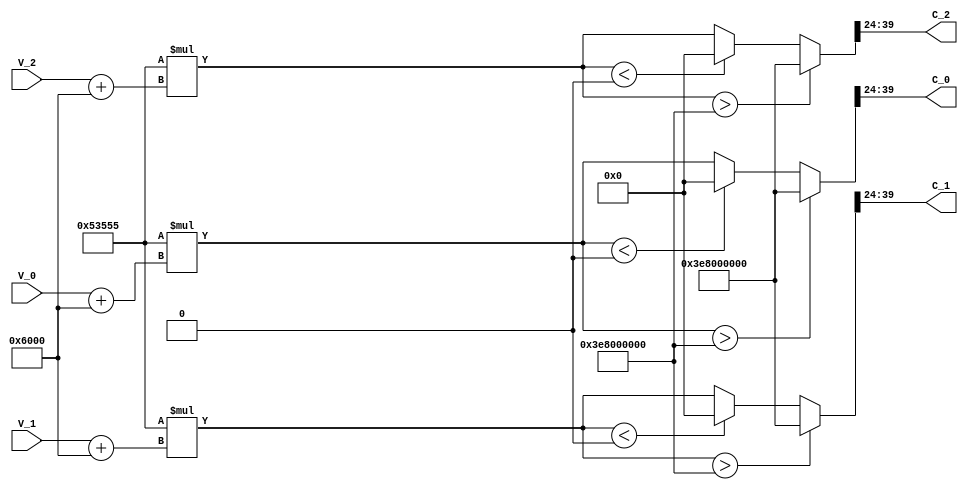
// -------------------------------------------------------------
// 
// 
// Generated by MATLAB 8.2 and HDL Coder 3.3
// 
// -------------------------------------------------------------


// -------------------------------------------------------------
// 
// Module: controllerHdl_Phase_Voltages_To_Compare_Values
// Source Path: controllerHdl/Phase_Voltages_To_Compare_Values
// Hierarchy Level: 2
// 
// -------------------------------------------------------------

`timescale 1 ns / 1 ns

module controllerHdl_Phase_Voltages_To_Compare_Values
          (
           V_0,
           V_1,
           V_2,
           C_0,
           C_1,
           C_2
          );


  input   signed [19:0] V_0;  // sfix20_En12
  input   signed [19:0] V_1;  // sfix20_En12
  input   signed [19:0] V_2;  // sfix20_En12
  output  [15:0] C_0;  // uint16
  output  [15:0] C_1;  // uint16
  output  [15:0] C_2;  // uint16


  wire signed [19:0] V [0:2];  // sfix20_En12 [3]
  wire signed [19:0] Half_Bus_Voltage_out1;  // sfix20_En12
  wire signed [20:0] Add2_v;  // sfix21_En12
  wire signed [20:0] Add2_add_cast;  // sfix21_En12
  wire signed [20:0] Add2_add_temp;  // sfix21_En12
  wire signed [20:0] Add2_add_cast_1;  // sfix21_En12
  wire signed [20:0] Add2_add_temp_1;  // sfix21_En12
  wire signed [20:0] Add2_add_cast_2;  // sfix21_En12
  wire signed [20:0] Add2_add_temp_2;  // sfix21_En12
  wire signed [19:0] Add2_out1 [0:2];  // sfix20_En12 [3]
  wire signed [39:0] Voltage_To_PWM_Compare_Units_out1 [0:2];  // sfix40_En24 [3]
  wire signed [39:0] Saturation1_out1 [0:2];  // sfix40_En24 [3]
  wire [15:0] pwm_compare [0:2];  // uint16 [3]


  assign V[0] = V_0;
  assign V[1] = V_1;
  assign V[2] = V_2;

  // <S5>/Half_Bus_Voltage
  assign Half_Bus_Voltage_out1 = 20'sb00000110000000000000;



  // <S5>/Add2
  assign Add2_v = Half_Bus_Voltage_out1;
  assign Add2_add_cast = V[0];
  assign Add2_add_temp = Add2_add_cast + Add2_v;
  assign Add2_out1[0] = Add2_add_temp[19:0];
  assign Add2_add_cast_1 = V[1];
  assign Add2_add_temp_1 = Add2_add_cast_1 + Add2_v;
  assign Add2_out1[1] = Add2_add_temp_1[19:0];
  assign Add2_add_cast_2 = V[2];
  assign Add2_add_temp_2 = Add2_add_cast_2 + Add2_v;
  assign Add2_out1[2] = Add2_add_temp_2[19:0];



  // <S5>/Voltage_To_PWM_Compare_Units
  assign Voltage_To_PWM_Compare_Units_out1[0] = 341333 * Add2_out1[0];
  assign Voltage_To_PWM_Compare_Units_out1[1] = 341333 * Add2_out1[1];
  assign Voltage_To_PWM_Compare_Units_out1[2] = 341333 * Add2_out1[2];



  // <S5>/Saturation1
  assign Saturation1_out1[0] = (Voltage_To_PWM_Compare_Units_out1[0] > 40'sh03E8000000 ? 40'sh03E8000000 :
              (Voltage_To_PWM_Compare_Units_out1[0] < 40'sh0000000000 ? 40'sh0000000000 :
              Voltage_To_PWM_Compare_Units_out1[0]));
  assign Saturation1_out1[1] = (Voltage_To_PWM_Compare_Units_out1[1] > 40'sh03E8000000 ? 40'sh03E8000000 :
              (Voltage_To_PWM_Compare_Units_out1[1] < 40'sh0000000000 ? 40'sh0000000000 :
              Voltage_To_PWM_Compare_Units_out1[1]));
  assign Saturation1_out1[2] = (Voltage_To_PWM_Compare_Units_out1[2] > 40'sh03E8000000 ? 40'sh03E8000000 :
              (Voltage_To_PWM_Compare_Units_out1[2] < 40'sh0000000000 ? 40'sh0000000000 :
              Voltage_To_PWM_Compare_Units_out1[2]));



  // <S5>/Data Type Conversion1
  assign pwm_compare[0] = Saturation1_out1[0][39:24];
  assign pwm_compare[1] = Saturation1_out1[1][39:24];
  assign pwm_compare[2] = Saturation1_out1[2][39:24];



  assign C_0 = pwm_compare[0];

  assign C_1 = pwm_compare[1];

  assign C_2 = pwm_compare[2];

endmodule  // controllerHdl_Phase_Voltages_To_Compare_Values